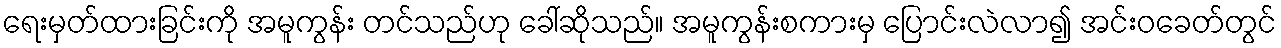
ရေးမှတ်ထားခြင်းကို အမူကွန်း တင်သည်ဟု ခေါ်ဆိုသည်။ အမူကွန်းစကားမှ ပြောင်းလဲလာ၍ အင်းဝခေတ်တွင်